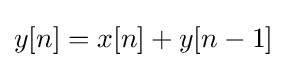
y[n]=x[n]+y[n-1]